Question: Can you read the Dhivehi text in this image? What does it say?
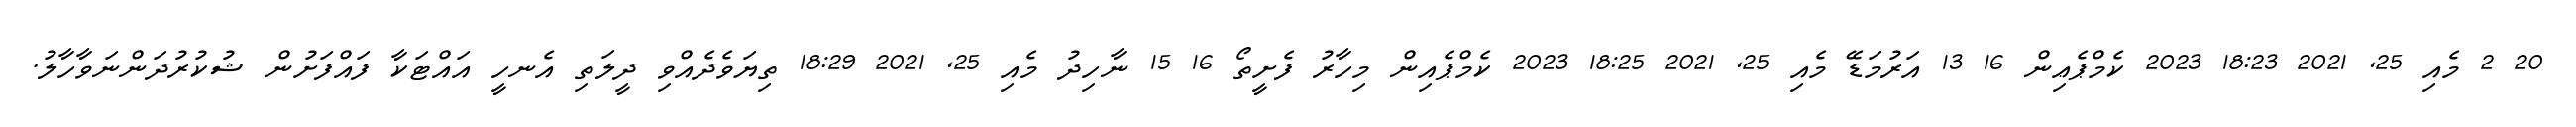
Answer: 20 2 މެއި 25, 2021 18:23 2023 ކެމްޕެޢިން 16 13 އަރުމަޑޭ މެއި 25, 2021 18:25 2023 ކެމްޕެއިން މިހާރު ފެށީތޯ 16 15 ނާހިދު މެއި 25, 2021 18:29 ތިޔަވެދެއްވި ދީލަތި އެނހީ އައްޓަކާ ފައްފަށުން ޝުކުރުދަންނަވާހާލު.